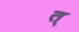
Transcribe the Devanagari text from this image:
त्‌